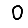
Digit: 0